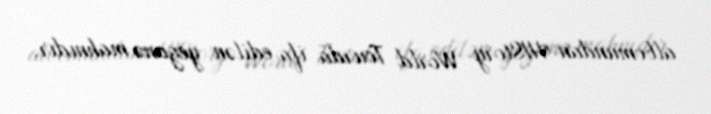
albomundan HIStory World Tourda ifa edilən yeganə mahnıdır.